Civil Veterinary Department. Madras. Admin. report 1926-33 - 1926-1933
Year: 1926
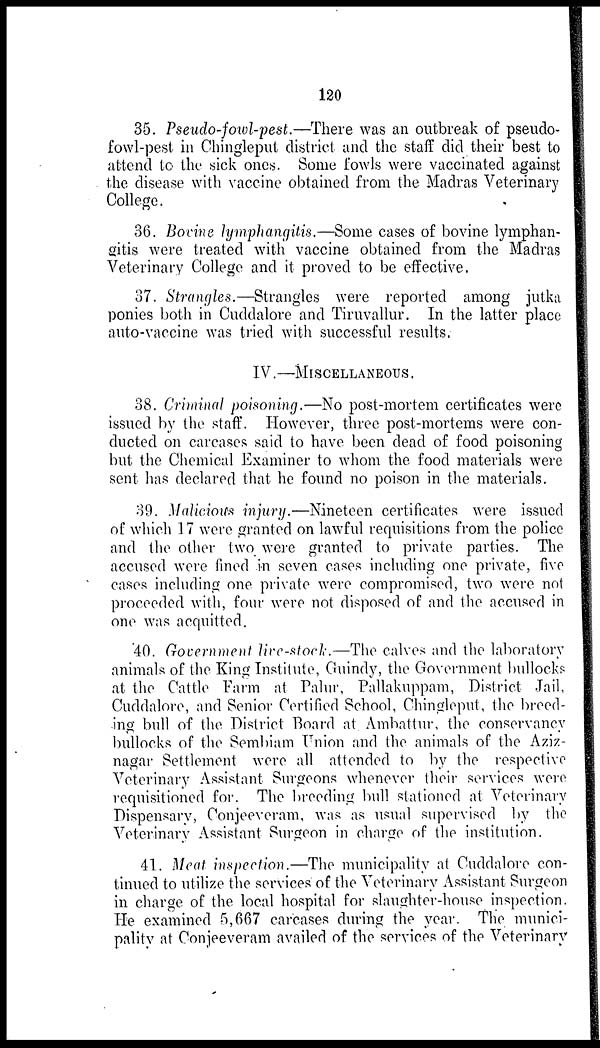
120
35. Pseudo-fowl-pest.—There was an outbreak of pseudo-
fowl-pest in Chingleput district and the staff did their best to
attend to the sick ones. Some fowls were vaccinated against
the disease with vaccine obtained from the Madras Veterinary
College.
36. Bovine lymphangitis.—Some cases of bovine lymphan-
gitis were treated with vaccine obtained from the Madras
Veterinary College and it proved to be effective.
37. Strangles.—Strangles were reported among jutka
ponies both in Cuddalore and Tiruvallur. In the latter place
auto-vaccine was tried with successful results.
IV.—MISCELLANEOUS.
38. Criminal poisoning.—No post-mortem certificates were
issued by the staff. However, three post-mortems were con-
ducted on carcases said to have been dead of food poisoning
but the Chemical Examiner to whom the food materials were
sent has declared that he found no poison in the materials.
39. Malicious injury.—Nineteen certificates were issued
of which 17 were granted on lawful requisitions from the police
and the other two were granted to private parties. The
accused were fined in seven cases including one private, five
cases including one private were compromised, two were not
proceeded with, four were not disposed of and the accused in
one was acquitted.
40. Government live-stock.—The calves and the laboratory
animals of the King Institute, Guindy, the Government bullocks
at the Cattle Farm at Palur, Pallakuppam, District Jail,
Cuddalore, and Senior Certified School, Chingleput, the breed-
ing bull of the District Board at Ambattur, the conservancy
bullocks of the Sembiam Union and the animals of the Aziz-
nagar Settlement were all attended to by the respective
Veterinary Assistant Surgeons whenever their services were
requisitioned for. The breeding bull stationed at Veterinary
Dispensary, Conjeeveram, was as usual supervised by the
Veterinary Assistant Surgeon in charge of the institution.
41. Meat inspection.—The municipality at Cuddalore con-
tinued to utilize the services of the Veterinary Assistant Surgeon
in charge of the local hospital for slaughter-house inspection.
He examined 5,667 carcases during the year. The munici-
pality at Conjeeveram availed of the services of the Veterinary